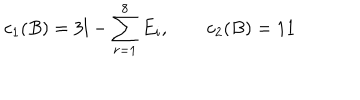
LaTeX: c _ { 1 } ( B ) = 3 l - \sum _ { r = 1 } ^ { 8 } E _ { i } , \qquad c _ { 2 } ( B ) = 1 1